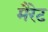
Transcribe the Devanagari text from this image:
मैरेट